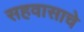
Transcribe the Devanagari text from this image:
सहवासाचे